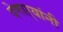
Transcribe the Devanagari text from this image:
देणाऱ्यांनी